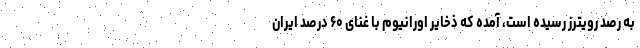
به رصد رویترز رسیده است، آمده که ذخایر اورانیوم با غنای ۶۰ درصد ایران